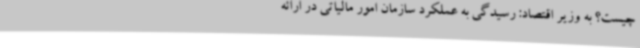
چیست؟ به وزیر اقتصاد: رسیدگی به عملکرد سازمان امور مالیاتی در ارائه